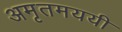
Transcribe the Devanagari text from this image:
अमृतमययी